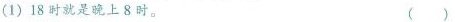
（1）18时就是晚上8时。（）